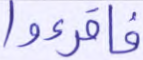
فاقرءوا